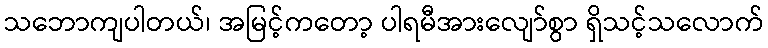
သဘောကျပါတယ်၊ အမြင့်ကတော့ ပါရမီအားလျော်စွာ ရှိသင့်သလောက်